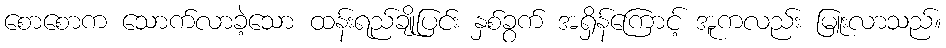
စောစောက သောက်လာခဲ့သော ထန်းရည်ချိုပြင်း နှစ်ခွက် အရှိန်ကြောင့် အူကလည်း မြူးလာသည်။